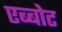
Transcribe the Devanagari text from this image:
एब्बोट